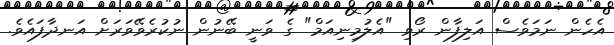
އެހެން ނަމަވެސް އަލިފާން ރޯވި "އެލުމިނިއަމް" ގެ ވަނީ ބޭނުން ނުކުރެވޭވަރަށް އަނދާފައެވެ.